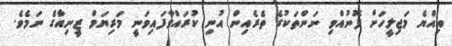
އިއްޔެ މަޖިލީހަށް ފޮނުއްވި ނަންތަކުގެ ތެރެއިން އުނި ކުރައްވާފައިވަނީ މަރިޔަމް ޒީނިއާގެ ނަމެވެ.